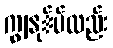
ကျွနု်ပ်လည်း